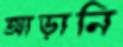
আড়ানি